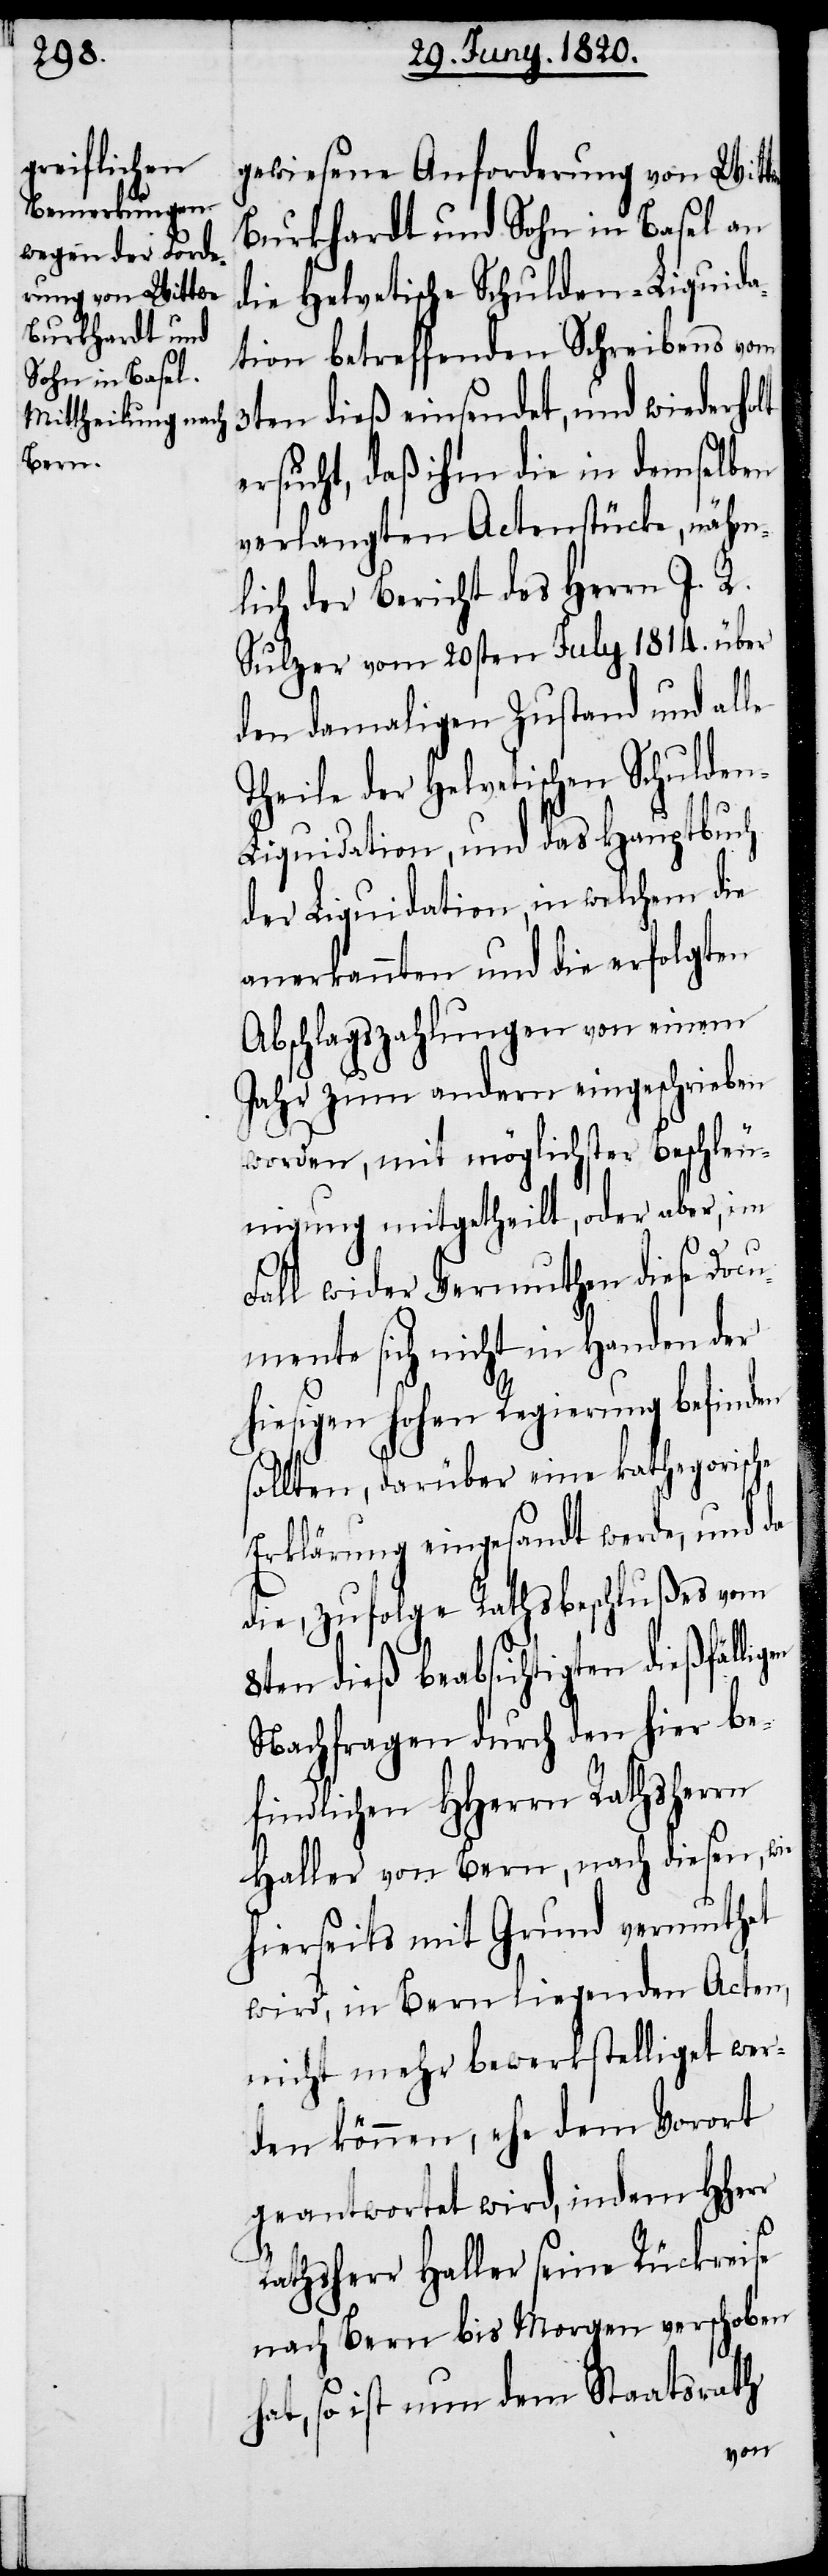
gewiesene Anforderung von Wittwe
Burkhardt und Sohn in Basel an
die Helvetische Schulden-Liquida¬
tion betreffenden Schreibens vom
3ten dieß einsendet, und wiederholt
ersucht, daß ihm die in demselben
verlangten Actenstücke, näm¬
lich der Bericht des Herrn I. R.
Sulzer vom 20sten July 1814. über
den damaligen Zustand und alle
Theile der Helvetischen Schulde¬
n-Liquidation, und das Hauptbuch
der Liquidation, in welchem die
anerkannten und die erfolgten
Abschlagszahlungen von einem
Jahr zum andern eingeschrieben
gen
worden, mit möglichster Beschleu¬
nigung mitgetheilt, oder aber, im
Fall wieder Vermuthen diese Doc¬
umente sich nicht in Handen der
hiesigen hohen Regierung befinden
sollten, darüber eine kathegorische
Erklärung eingesandt werde, und da
die, zufolge Rathsbeschlußes vom
8ten dieß beabsichtigten dießfälli¬
Nachfragen durch den hier be¬
findlichen HHerrn Rathsherrn
Haller von Bern, nach diesen, wie
hierseits mit Grund vermuthet
wird, in Bern liegenden Acten,
nicht mehr bewerkstelligt wer¬
den könne, ehe dem Vorort
geantwortet wird, indem HHerr
Rathsherr Haller seine Rückweise
nach Bern bis Morgen verschoben
hat, so ist nun dem Staatsrath